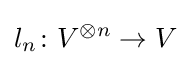
l_{n}\colon V^{\otimes n}\to V